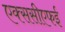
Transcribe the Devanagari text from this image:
एक्ससीएफई